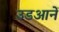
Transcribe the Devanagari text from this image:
उडआनें